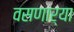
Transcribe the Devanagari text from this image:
वसणार्‍या